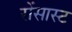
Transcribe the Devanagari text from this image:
रोंसास्ट